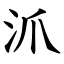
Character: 沠